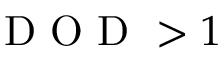
\mathrm { ~ D ~ O ~ D ~ } > 1